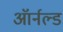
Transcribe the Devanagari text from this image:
ऑर्नल्ड